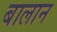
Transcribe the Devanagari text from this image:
बालान